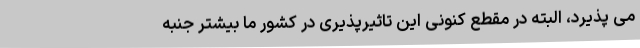
می پذیرد، البته در مقطع کنونی این تاثیرپذیری در کشور ما بیشتر جنبه